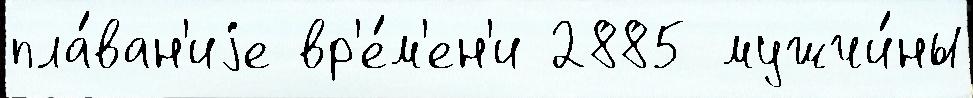
пла́ван'иjе вр'е́м'ен'и 2885 мужчи́ны